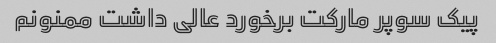
پیک سوپر مارکت برخورد عالی داشت ممنونم